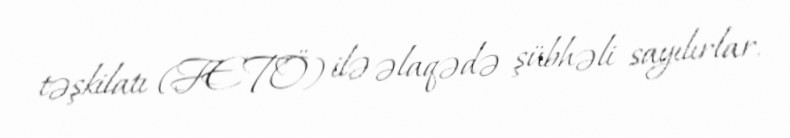
təşkilatı (FETÖ) ilə əlaqədə şübhəli sayılırlar.